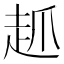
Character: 𲃊